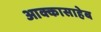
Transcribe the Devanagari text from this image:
आक्कासाहेब